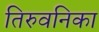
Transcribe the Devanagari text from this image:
तिरुवनिका